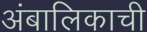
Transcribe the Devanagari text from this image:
अंबालिकाची